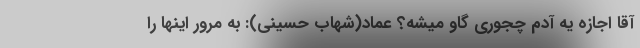
آقا اجازه یه آدم چجوری گاو میشه؟ عماد(شهاب حسینی): به مرور اینها را